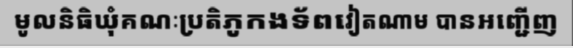
មូលនិធិឃុំគណៈប្រតិភូកងទ័ពវៀតណាម បានអញ្ជើញ